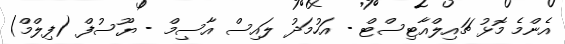
އެންމެ މޮޅު ޗައިލްއާޓިސްޓް - އަހުމަދު ލައިސް އާސިމް - ޔޫސުފް (ފިލްމް)